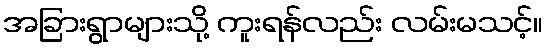
အခြားရွာများသို့ ကူးရန်လည်း လမ်းမသင့်။